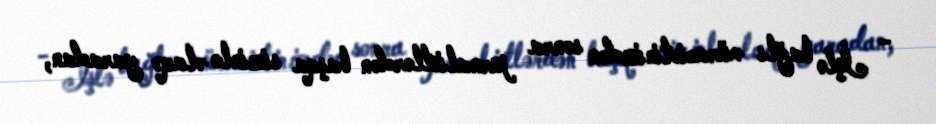
- İşlə bağlı müraciətinizdən sonra jurnalistlərdən başqa sizinlə əlaqə yaradan,